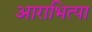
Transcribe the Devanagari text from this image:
आराभित्पा